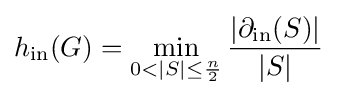
h_{\text{in}}(G)=\min _{0<|S|\leq {\frac {n}{2}}}{\frac {|\partial _{\text{in}}(S)|}{|S|}}